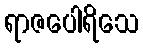
ရာဇပေါရိသေ